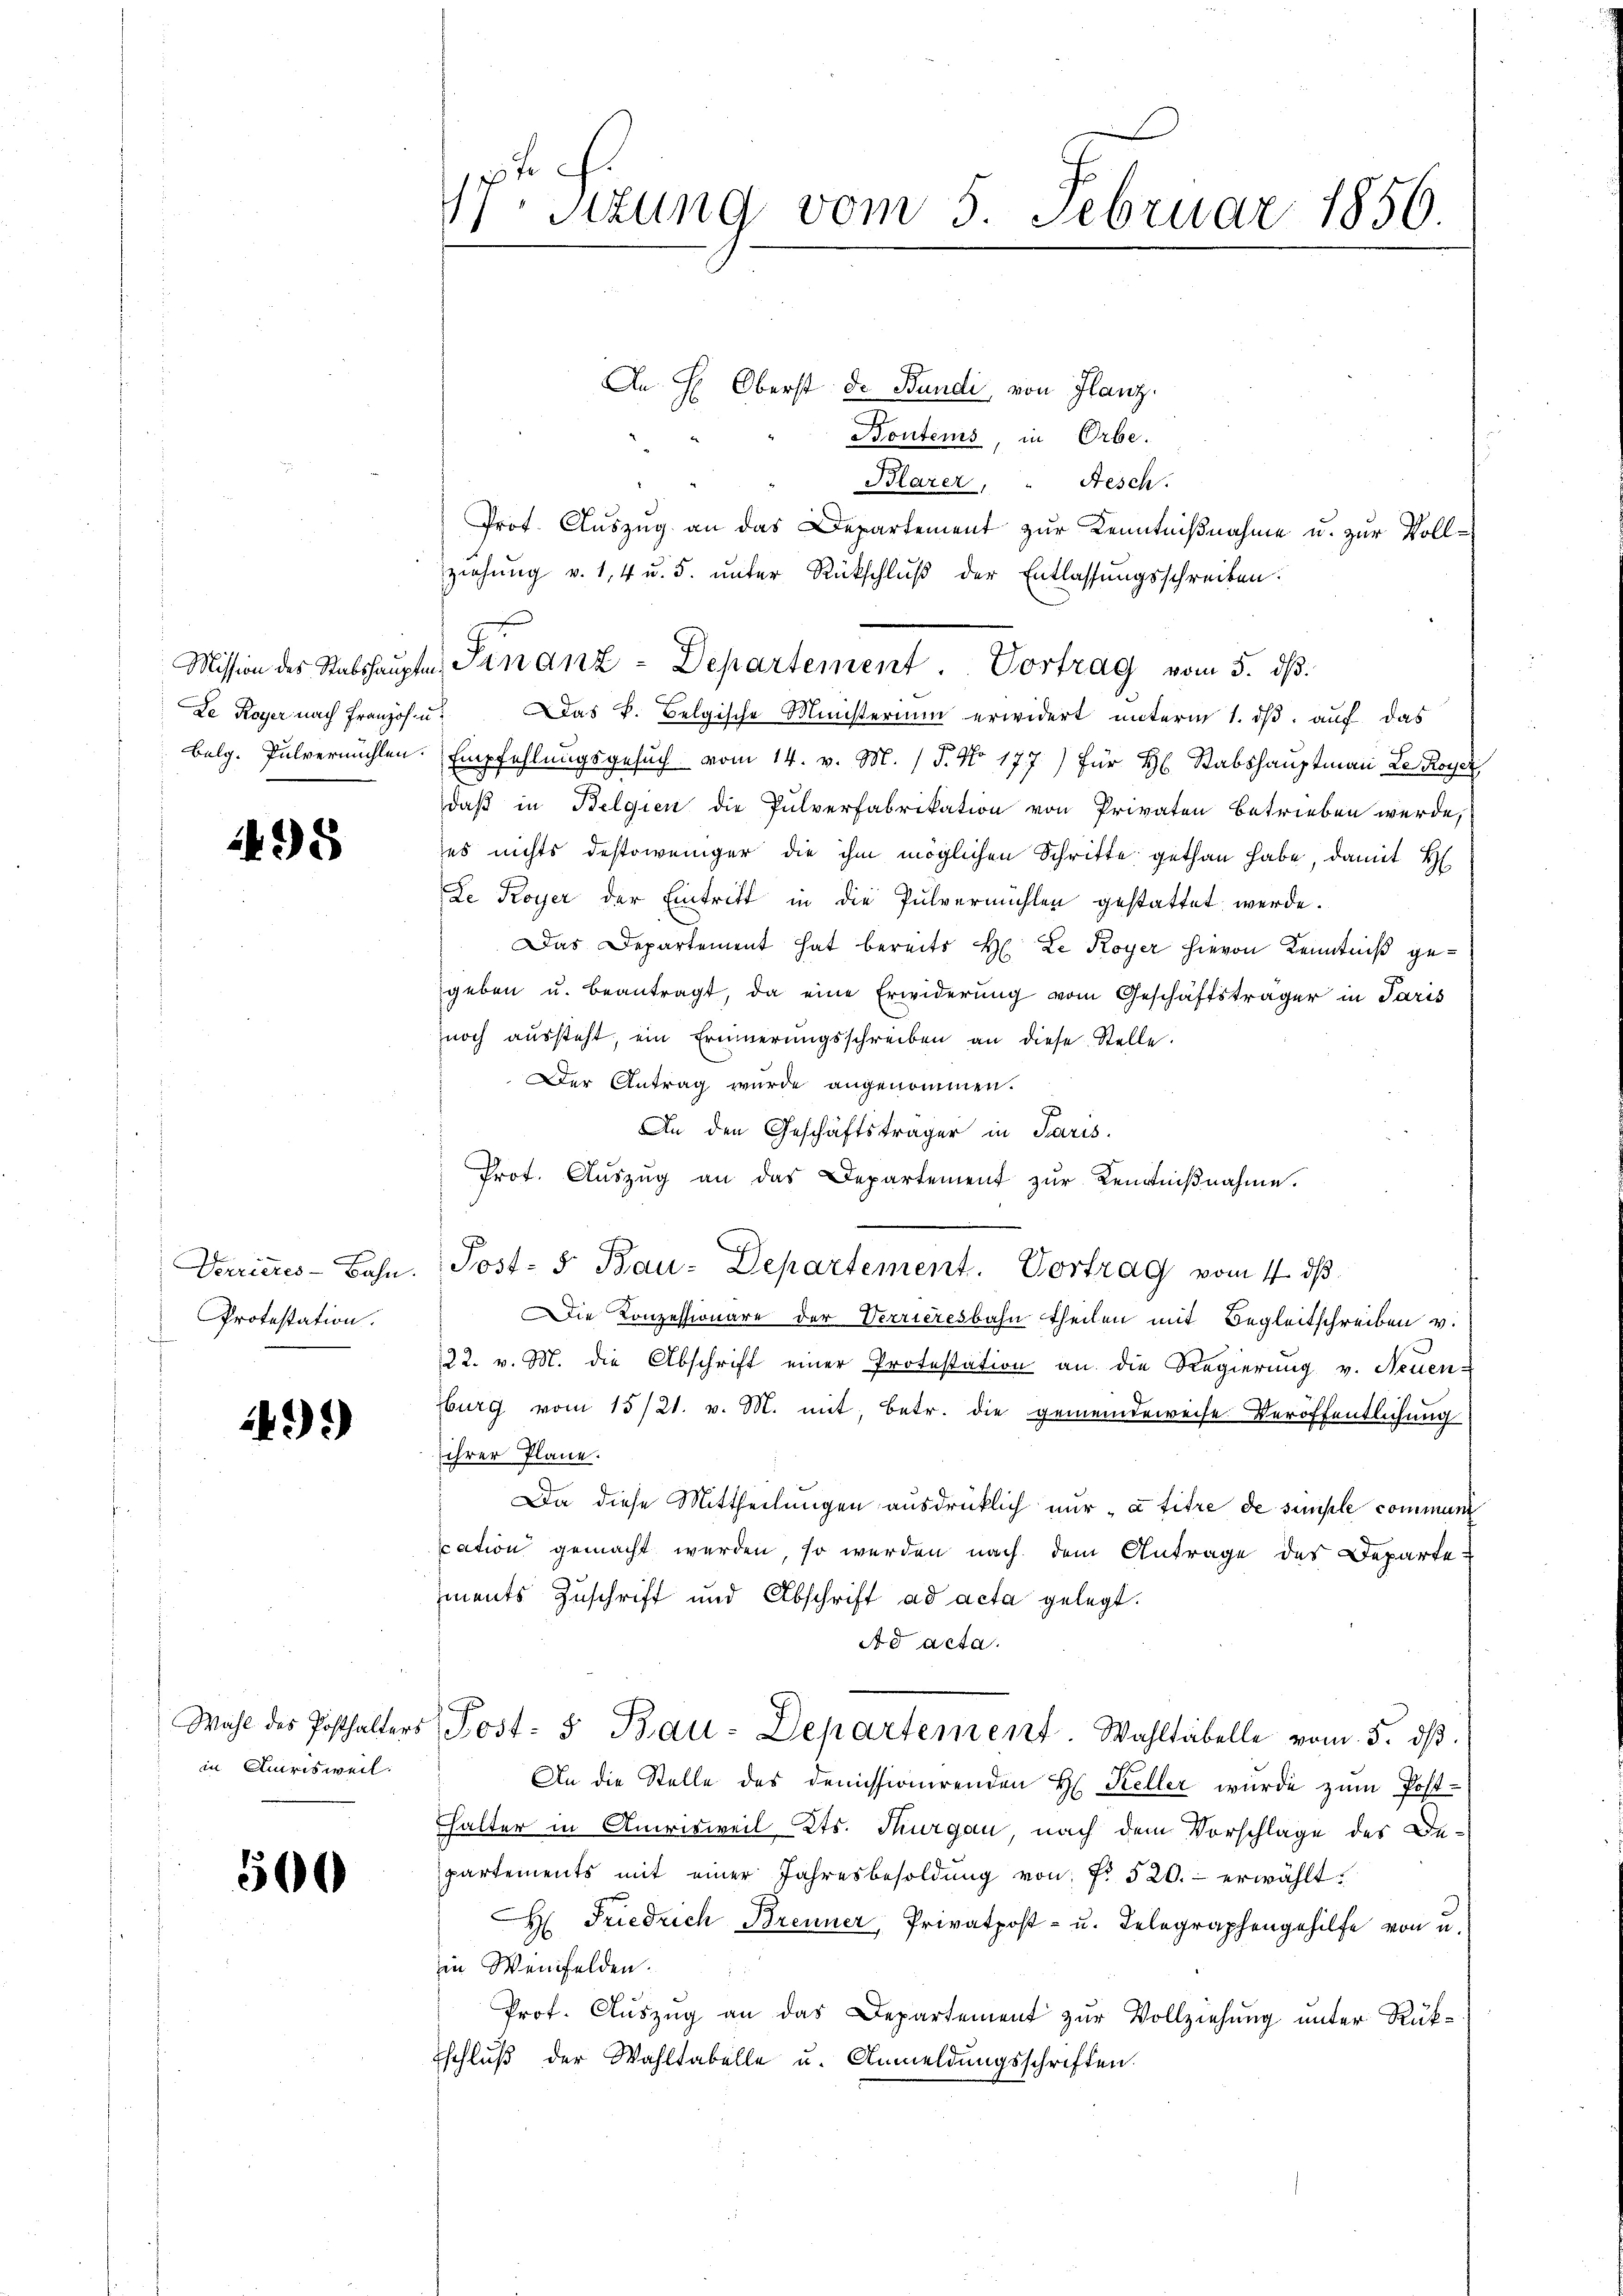
Le Royer nach Französ. u

495

Verrieres-Bahn.
Protestation.

49.)

in Amrisweil.

500

)
Sizung vom 5. Februar 1856.

An H: Oberst de Bandi, von Glanz.
Bontems, in Orbe.
Blarer, " Aesch.
Prof. Auszug an das Departement zur Kenntnißnahme u. zur Vollziehung v. 1, 4 u. 5. unter Rückschluß der Entlassungsschreiben.
Mission des Stabshauptm. Finanz-Departement Vortrag vom 5. dβ.
Das k. Belgische Ministerium erwidert unterm 1. ds. auf das
balg. Pulvermühlen. Empfehlungsgesŭch vom 14. v. M. (T. No 177) für H. Stabshauptmann Le Royer
daß in Belgien die Pulverfabrikation von Privaten betrieben werde,
zes nichts destoweniger die ihm möglichen Schritte gethan habe, damit H
De Royer der Eintritt in die Pulvermühlen gestattet werde.
Das Departement hat bereits H. Le Royer hievon Kenntniß gegeben u. beantragt, da eine Erwiderung vom Geschäftsträger in Paris
noch aŭssteht, ein Erinnerŭngsschreiben an diese Stelle.
Der Antrag wurde angenommen.
An den Geschäftsträger in Paris.
Prot. Aŭszŭg an das Departement zŭr Kenntniβnahme.
e
Post- & Bau-Departement. Vortrag vom 4. ds
Die Konzessionäre der Verrieresbahn theilen mit Begleitschreiben v.
22. v. M. die Abschrift einer Protestation an die Regierung v. Neuen-
burg vom 15/21. v. M. mit, betr. die gemeindeweise Veröffentlichung
ihrer Pläne.
Da diese Mittheilungen ausdrücklich nur „à titre de simple communi
cation gemacht werden, so werden nach dem Antrage des Departements Zuschrift und Abschrift ad acta gelegt.
Ad acta.
Wahl des Posthalters Post- 5 Bau-Departement. Wahltabelle vom 5. dβ.
An die Stelle des demissionirenden H. Keller wurde zŭm Post-
halter in Amrisweil Kts. Thurgau, nach dem Vorschlage des Departements mit einer Jahresbesoldung von Fr. 520.- erwählt.
H: Friedrich Brenner, Privatpost- u. Telegraphengehilfe von u.
in Weinfelden.
Prof. Auszug an das Departement zur Vollziehung unter Rük¬
Eschlŭβ der Wahltabelle u. Anmeldŭngsschriften.